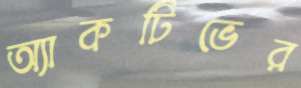
অ্যাকটিভের